Lunatic asylums in Bengal annual reports 1912-1924 - 1912-1924
Year: 1912
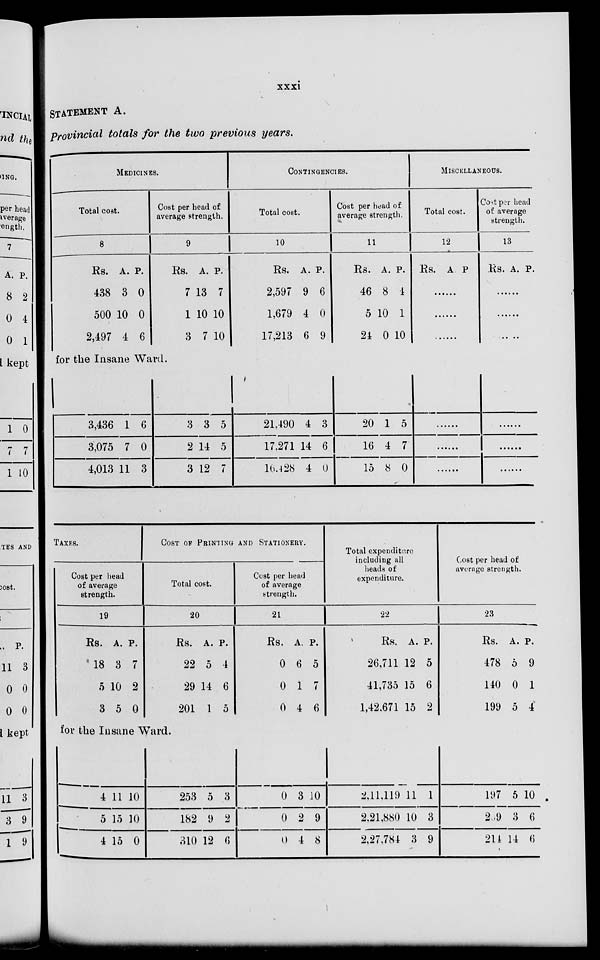
xxxi
STATEMENT A.
provincial totals for the two previous years.
MEDICINES.
Total cost.
8
Rs.
438
500
2,497
A.
3
10
4
P.
0
0
6
Cost per head of
average strength.
9
Rs.
7
1
3
A.
13
10
7
P.
7
10
10
for the Insane Ward.
3,436
3,075
4,013
1
7
11
6
0
3
3
2
3
3
14
12
5
5
7
CONTINGENCIES.
Total cost.
10
Rs.
2,597
1,679
17,213
A.
9
4
6
P.
6
0
9
21,490
17,271
16,428
4
14
4
3
6
0
Cost per head of
average strength.
11
Rs.
46
5
24
A.
8
10
0
P.
4
1
10
20
16
15
1
4
8
5
7
0
MISCELLANEOUS.
Total cost.
12
Rs. A. P.
......
......
......
......
......
......
Cost per head
of average
strength.
13
Rs. A. P.
......
......
......
......
......
......
TAXES.
Cost per head
of average
strength.
19
Rs.
18
5
3
A.
3
10
5
P.
7
2
0
COST OF PRINTING AND STATIONERY.
Total cost.
20
Rs.
22
29
201
A.
5
14
1
P.
4
6
5
for the Insane Ward.
4
5
4
11
15
15
10
10
0
253
182
310
5
9
12
3
2
6
Cost per head
of average
strength.
21
Rs.
0
0
0
A
6
1
4
P.
5
7
6
0
0
0
3
2
4
10
9
8
Total expenditure
including all
heads of
expenditure.
22
Rs.
26,711
41,735
1,42,671
A.
12
15
15
P.
5
6
2
2,11,119
2,21,880
2,27,784
11
10
3
1
3
9
Cost per head of
average strength.
23
Rs.
478
140
199
A.
5
0
5
P.
9
1
4
197
289
214
5
3
14
10
6
6